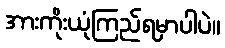
အားကိုးယုံကြည်ရမှာပါပဲ။